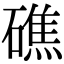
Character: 礁